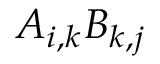
A _ { i , k } B _ { k , j }